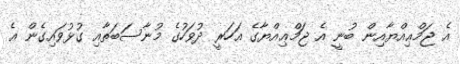
އެ ޖަމްޢިއްޔާއިން ބުނީ އެ ޖަމްޢިއްޔާގެ އަހަރީ ދުވަހުގެ މުނާސަބަތާއި ގުޅުވައިގެން އެ